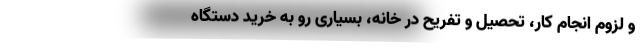
و لزوم انجام کار، تحصیل و تفریح در خانه، بسیاری رو به خرید دستگاه